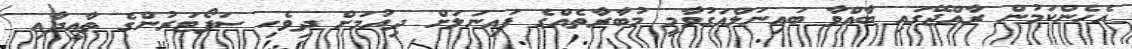
އެހެންކަމުން ރާއްޖޭގައި ބާއްވާ ބައިނަލްއަގުވާމީ މުބާރާތެއްގެ ފައިނަލަށް ދިއުމަށް ދިވެހި ސަޕޯޓަރުންގެ ތާއީދާއި